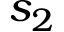
s _ { 2 }